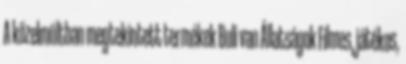
A közelmúltban megtekintett termékek Buli van Állatságok Filmes, játékos,